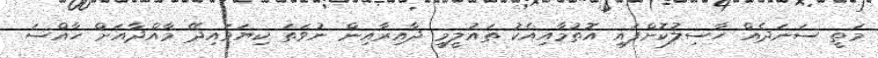
މަތީ ސަނަދެއް ހާސިލުކޮށްފައި އޮތުމާއިއެކު ތައުލީމީ ދާއިރާއިން ނުވަތަ ކިޔަވައިދޭ މާއްދާއަށް ހާއްސަ